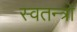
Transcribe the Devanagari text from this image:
स्वतन्त्रो